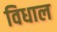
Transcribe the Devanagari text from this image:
विधाल